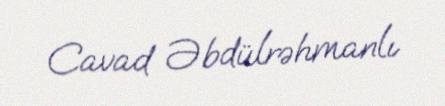
Cavad Əbdülrəhmanlı